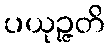
ပယုဉ္ဇတိ